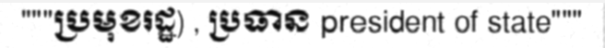
"""ប្រមុខរដ្ឋ) , ប្រធាន president of state"""